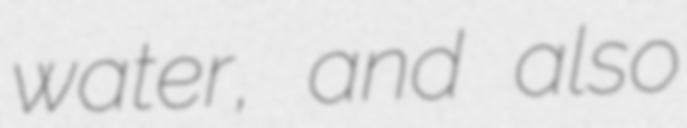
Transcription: water, and also